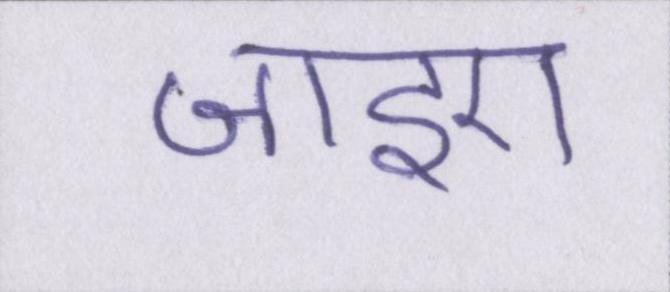
जाइए